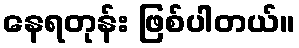
နေရတုန်း ဖြစ်ပါတယ်။